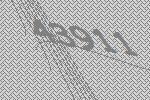
43911